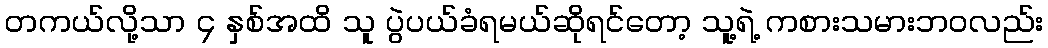
တကယ်လို့သာ ၄ နှစ်အထိ သူ ပွဲပယ်ခံရမယ်ဆိုရင်တော့ သူ့ရဲ့ ကစားသမားဘ၀လည်း